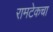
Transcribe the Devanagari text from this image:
रामटेकचा